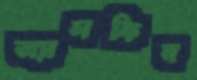
অ্যালকিন